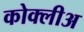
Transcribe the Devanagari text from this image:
कोक्लीअ